Indian journal of veterinary science and animal husbandry - Volume 8,
Year: 1938
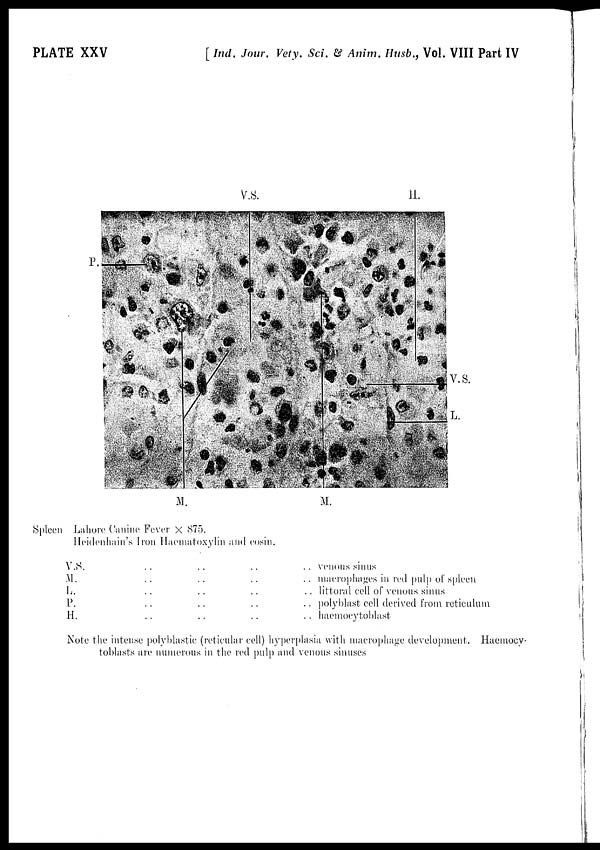
PLATE XXV
[ Ind. Jour. Vety. Sci. & Anim. Husb., Vol. VIII Part IV
Spleen Lahore Canine Fever X 875.
Heidenhain's Iron Haematoxylin and cosin.
V.S. .. .. .. ..
M. .. .. .. ..
L. .. .. .. ..
P. .. .. .. ..
H. .. .. .. ..
venous sinus
macrophages in red pulp of spleen
littoral cell of venous sinus
polyblast cell derived from reticulum
haemocytoblast
Note the intense polyblastic (reticular cell) hyperplasia with macrophage development. Haemocy¬
toblasts are numerous in the red pulp and venous sinuses